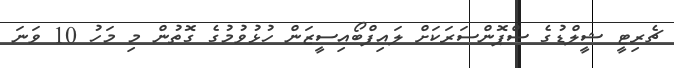
ޗެރިޓީ ޝީލްޑުގެ ސްޕޮންސަރަކަށް ލައިފްބޯއިސީޒަން ހުޅުވުމުގެ ގޮތުން މި މަހު 10 ވަނަ